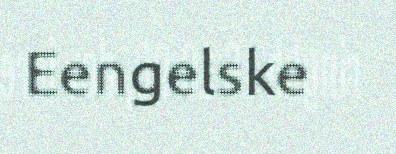
Eengelske